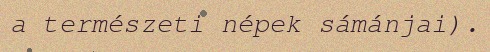
a természeti népek sámánjai).